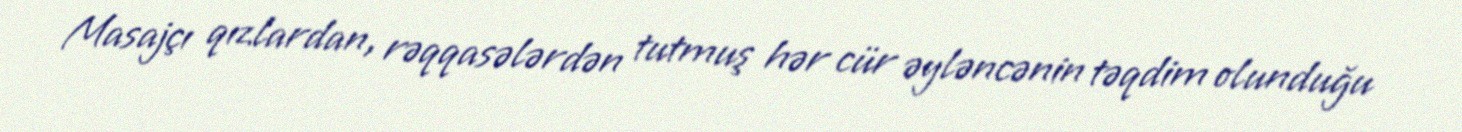
Masajçı qızlardan, rəqqasələrdən tutmuş hər cür əyləncənin təqdim olunduğu